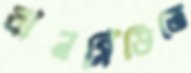
ধানসিঁড়িতে